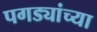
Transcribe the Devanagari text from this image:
पगड्यांच्या